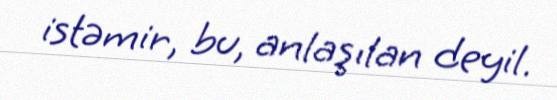
istəmir, bu, anlaşılan deyil.